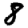
Digit: 8